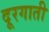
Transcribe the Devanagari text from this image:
दूरगाती